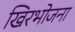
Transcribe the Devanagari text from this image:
खिरभोजना